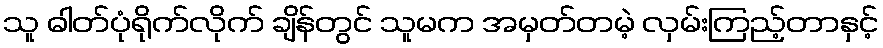
သူ ဓါတ်ပုံရိုက်လိုက် ချိန်တွင် သူမက အမှတ်တမဲ့ လှမ်းကြည့်တာနှင့်